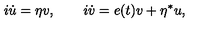
i \dot { u } = \eta v , \quad \quad i \dot { v } = e ( t ) v + \eta ^ { * } u ,